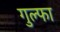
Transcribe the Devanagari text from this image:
गुल्फा